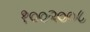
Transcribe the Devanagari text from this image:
१००२००८